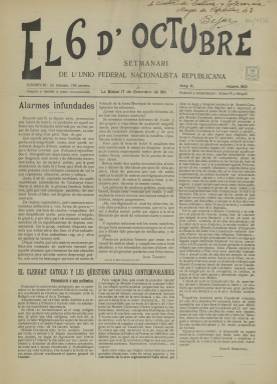
Título: El 6 d'octubre
Otros títulos: Sis d'octubre
Colección: Periódicos
Ámbito geográfico: Gerona
Lugar de publicación: La Bisbal [Gerona]
Fechas: 17/09/1911-06/10/1911

Periódico cuyo título conmemora una fecha histórica. Empezó a publicarse en 1910 para recordar la insurrección que tuvo lugar el 6 de octubre de 1869 en el pueblo de La Bisbal, en la provincia de Gerona, por parte de unos 2.000 republicanos, en su mayoría trabajadores de la industria del corcho, que proclamaron la República Democrática Federal. Ese día se produjo lo que se conoce como ‘El Foc de La Bisbal’, el enfrentamiento de los insurrectos con las tropas del gobernador militar de Gerona.

   De sólo cuatro páginas, el periódico era editado en la misma población de La Bisbal y tenía su redacción y administración en el Ateneo que llevaba el nombre de Pi y Margall, presidente que había sido de la I República Española y líder de los republicanos federalistas. Pi y Margall ya hacía unos años que había fallecido cuando apareció esta publicación, cuyo subtítulo era el de Unión Federal Nacionalista Republicana.

  Con periodicidad semanal y escrito en lengua catalana, el nacimiento del periódico en 1910 no es casual, dado que el año anterior se había reavivado la ideología republicana en Cataluña tras la llamada Semana Trágica de Barcelona, serie de disturbios tras los cuales fueron ejecutados varios republicanos así como el pedagogo anarquista Francisco Ferrer Guardia, cofundador de la Escuela Moderna.

   En los enfrentamientos ocurridos el 6 de octubre de1869 se produjeron en total 9 muertos y 60 heridos. Tras ser sofocada la revuelta, el líder republicano Pere Caimó fue llevado prisionero por los militares a Gerona, donde fue condenado a muerte por un consejo de guerra, aunque finalmente el general Prim le conmutó la pena por el destierro.

   Se da la circunstancia de que de los dos únicos números con los que cuenta la Biblioteca Nacional de este título, uno de ellos es el publicado precisamente un 6 de octubre, fecha de la conmemoración y nombre del periódico. Es el número del 6 de octubre de 1911 cuya cabecera se imprimió en rojo y que naturalmente dedica su primera página a recodar el 42 aniversario del ‘Foc de La Bisbal’, con el programa de actos previstos, entre ellos una procesión cívica al cementerio para rendir tributo a los mártires ‘d’aquella heroica gesta’ y el baile de la sardana delante del Ateneo Pi y Margall.

   Aunque se trataba de un periódico local de la comarca del Ampurdán, podía financiarse gracias a los anuncios de publicidad que llenaban la última de sus cuatro páginas, lo que es una muestra de la aceptación generalizada de la que gozaba.

[Descripción publicada el 13/04/2020]